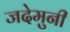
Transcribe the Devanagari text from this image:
जदेमुनी